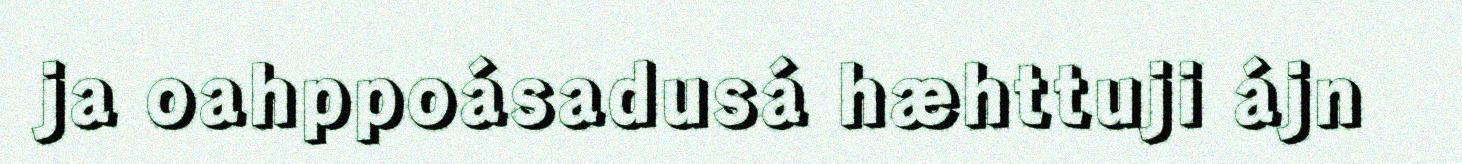
ja oahppoásadusá hæhttuji ájn